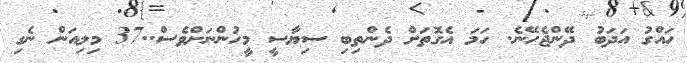
ހައްގު އަދަބު ދޭންޖެހޭނެ. ހަމަ އެގޮތަށް ދެންތިބި ސިޔާސީ މީހުންނަށްވެސް..37 މިލިއަން ނެގި